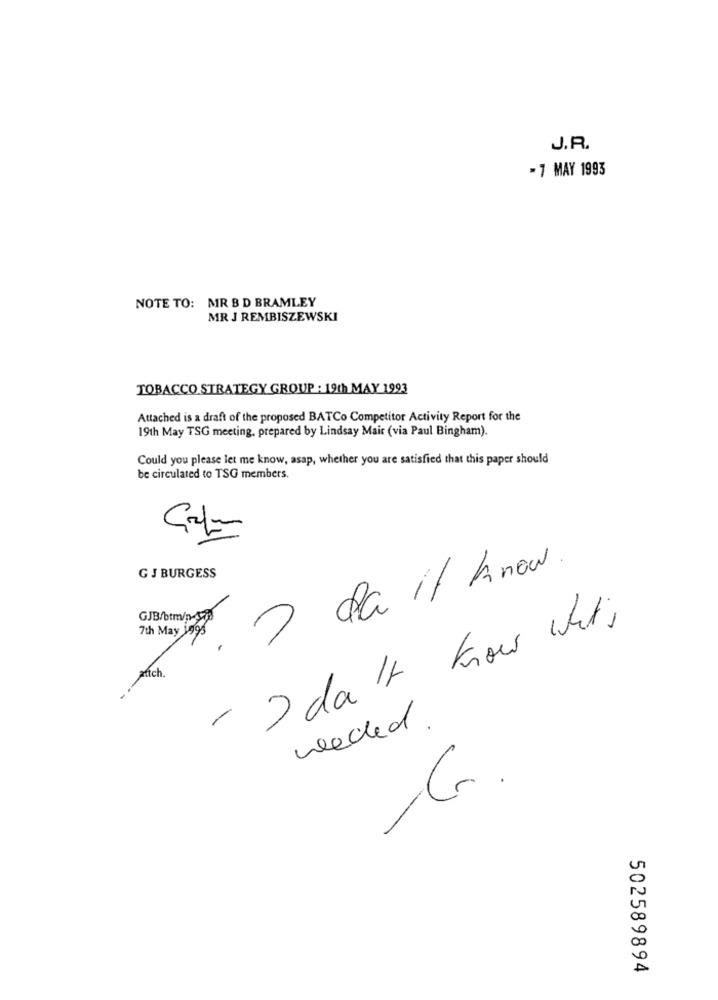
J.R.
-1 MAY 1993
NOTE TO: MR B D BRAMLEY
MR J REMBISZEWSKI
TOBACCO STRATEGY GROUP : 19th MAY 1993
Attached is a draft of the proposed BATCo Competitor Activity Report for the
19th May TSG meeting, prepared by Lindsay Mair (via Paul Bingham).
Could you please let me know, asap, whether you are satisfied that this paper should
be circulated to TSG members.
7 de il know
G J BURGESS
GJB/btm/p-578
- 2 da It know Whit;
attch.
needed .
C .
00
A
502589894